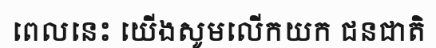
ពេលនេះ យើងសូមលើកយក ជនជាតិ